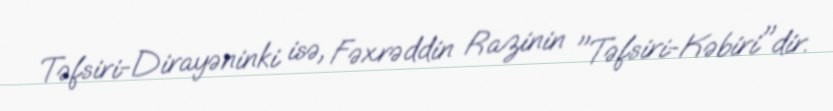
Təfsiri-Dirayəninki isə, Fəxrəddin Razinin "Təfsiri-Kəbiri"dir.